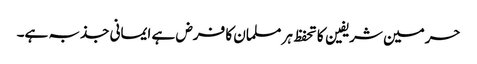
حرمین شریفین کا تحفظ ہر مسلمان کا فرض ہے ایمانی جذبہ ہے۔